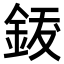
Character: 𨦐